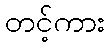
တင့်ကား